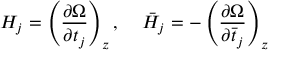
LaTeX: H _ { j } = \left( \frac { \partial \Omega } { \partial t _ { j } } \right) _ { z } , \; \; \; \; \bar { H } _ { j } = - \left( \frac { \partial \Omega } { \partial \bar { t } _ { j } } \right) _ { z }